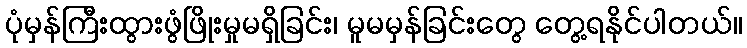
ပုံမှန်ကြီးထွားဖွံဖြိုးမှုမရှိခြင်း၊ မူမမှန်ခြင်းတွေ တွေ့ရနိုင်ပါတယ်။